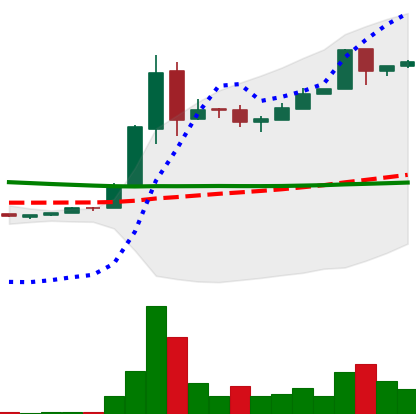
Ticker: DOGE-USD
Chart end date: 2018-09-13
Forward return: -8.743%
Label: down_7plus